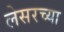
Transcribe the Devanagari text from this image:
लेसरच्या